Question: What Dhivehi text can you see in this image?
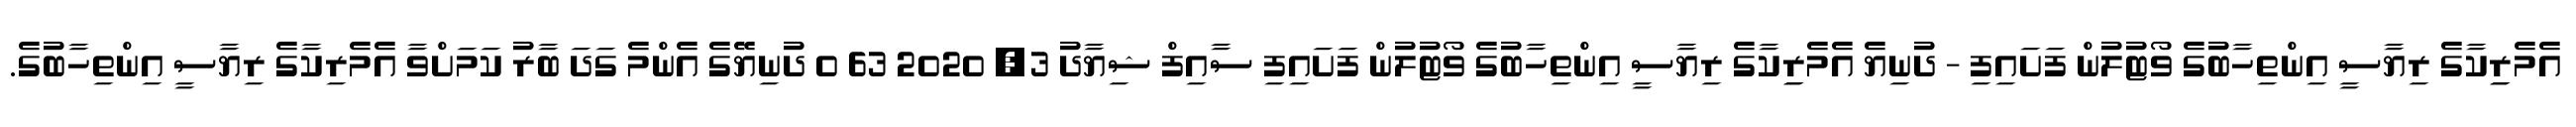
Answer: އެމެރިިކާގެ ރިޔާސީ އިންތިހާބުގެ ވޯޓުލުން ފަށައިފި - ދުނިޔެ އެމެރިިކާގެ ރިޔާސީ އިންތިހާބުގެ ވޯޓުލުން ފަށައިފި ސާއިފް ޝިޔާދު 3, 2020 63 0 ދުނިޔޭގެ އެންމެ ގަދަ ބާރު ކަމަށްވާ އެމެރިކާގެ ރިޔާސީ އިންތިހާބުގެ.